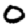
Digit: 0